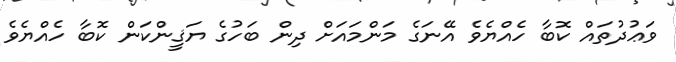
ވަޢުދުތައް ކޮބާ ހެއްޔެވެ އޭނަގެ މަންމައަށް ދިން ބަހުގެ ޔަޤީންކަން ކޮބާ ހެއްޔެވެ